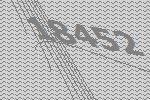
18452